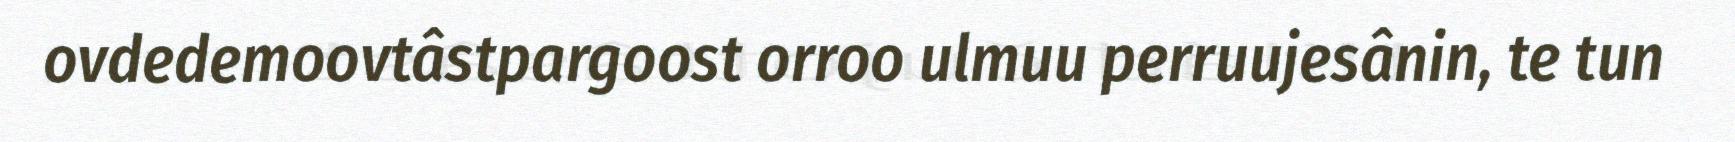
ovdedemoovtâstpargoost orroo ulmuu perruujesânin, te tun